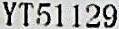
YT51129